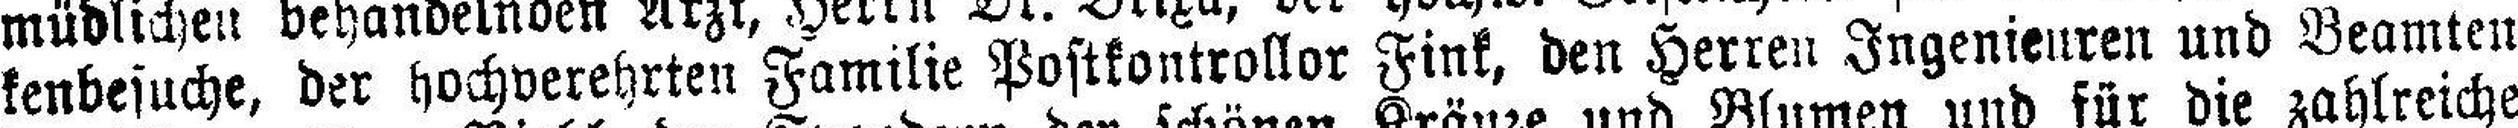
kenbesuche, der hochverehrten Familie Postkontrollor Fink, den Herren Ingenieuren und Beamten